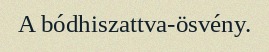
A bódhiszattva-ösvény.